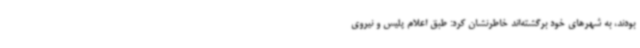
بودند، به شهرهای خود برگشته‌اند خاطرنشان کرد: طبق اعلام پلیس و نیروی